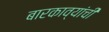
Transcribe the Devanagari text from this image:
बारकाव्यांची